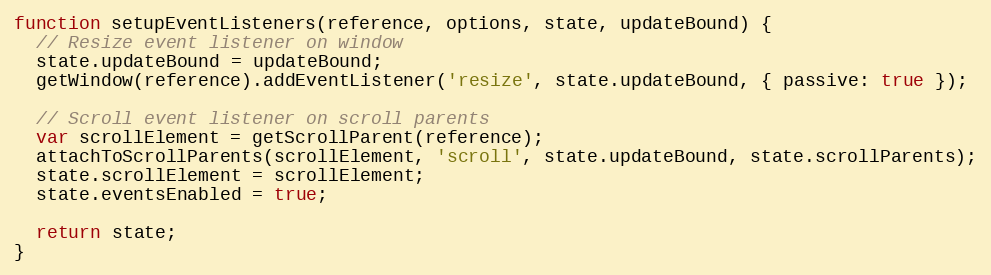
Language: JavaScript
function setupEventListeners(reference, options, state, updateBound) {
  // Resize event listener on window
  state.updateBound = updateBound;
  getWindow(reference).addEventListener('resize', state.updateBound, { passive: true });

  // Scroll event listener on scroll parents
  var scrollElement = getScrollParent(reference);
  attachToScrollParents(scrollElement, 'scroll', state.updateBound, state.scrollParents);
  state.scrollElement = scrollElement;
  state.eventsEnabled = true;

  return state;
}